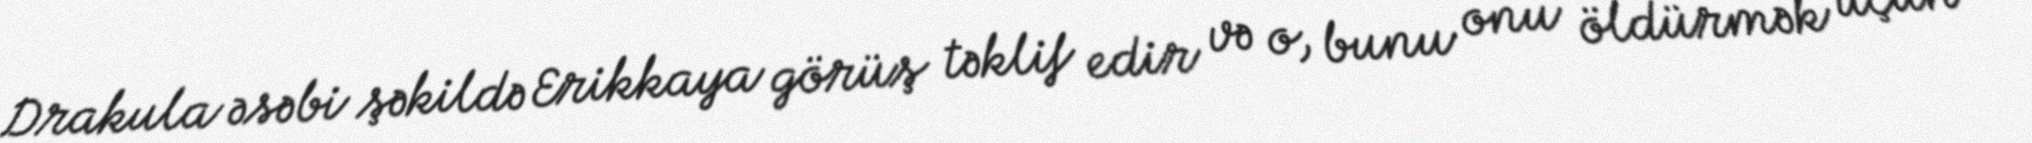
Drakula əsəbi şəkildə Erikkaya görüş təklif edir və o, bunu onu öldürmək üçün